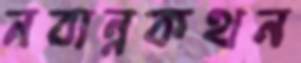
নবান্নকথন